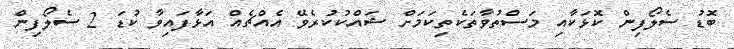
ބޮޑު ސެލޯފިން ކޮޅަކާއި މަސްތުވާތަކެތިކަމަށް ޝައްކުކުރެވޭ އެއްޗެއް އަޅާފައިވާ ކުޑަ 2 ސެލޯފިން